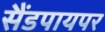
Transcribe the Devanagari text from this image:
सैंडपायपर